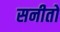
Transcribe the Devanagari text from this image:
सनीतो